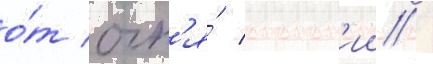
о́т огн'я́ строен'ии /